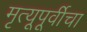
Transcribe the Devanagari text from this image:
मृत्यूपूर्वीचा